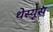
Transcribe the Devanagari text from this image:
थेस्यूस